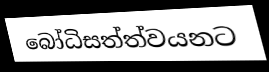
බෝධිසත්ත්වයනට